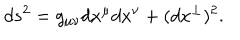
LaTeX: d s ^ { 2 } = g _ { \mu \nu } d x ^ { \mu } d x ^ { \nu } + ( d x ^ { \perp } ) ^ { 2 } .